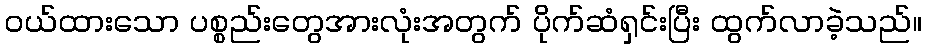
ဝယ်ထားသော ပစ္စည်းတွေအားလုံးအတွက် ပိုက်ဆံရှင်းပြီး ထွက်လာခဲ့သည်။